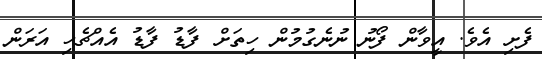
ފެށި އެވެ. އީވާން ފޯނު ނުނެގުމުން ހިތަށް ފާޑު ފާޑު އެއްޗެހި އަރަން